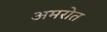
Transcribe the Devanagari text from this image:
अमरोत